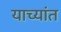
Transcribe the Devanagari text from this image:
याच्यांत